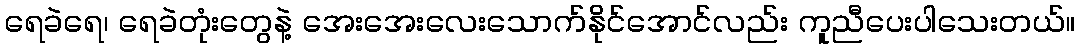
ရေခဲရေ၊ ရေခဲတုံးတွေနဲ့ အေးအေးလေးသောက်နိုင်အောင်လည်း ကူညီပေးပါသေးတယ်။